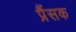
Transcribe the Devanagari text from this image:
प्रैंसक